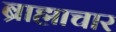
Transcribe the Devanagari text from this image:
ब्राह्माचार